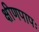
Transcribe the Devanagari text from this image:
क्षीणपापः